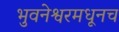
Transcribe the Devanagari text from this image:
भुवनेश्वरमधूनच